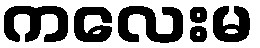
ကလေးမ